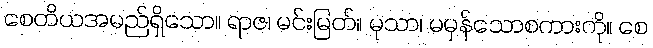
စေတိယအမည်ရှိသော။ ရာဇ၊ မင်းမြတ်။ မုသာ၊ မမှန်သောစကားကို။ စေ